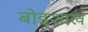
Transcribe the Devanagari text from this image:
बोइशाख